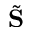
\tilde { \bf S }